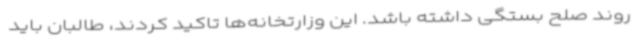
روند صلح بستگی داشته باشد. این وزارتخانه‌ها تاکید کردند، طالبان باید